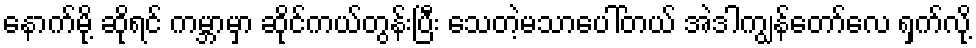
နောက်မို့ ဆိုရင် ကမ္ဘာမှာ ဆိုင်ကယ်တွန်းပြီး သေတဲ့မသာပေါ်တယ် အဲဒါကျွန်တော်လေ ရှက်လို့